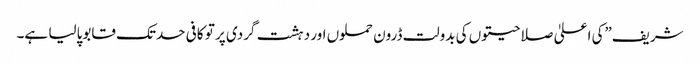
شریف”کی اعلیٰ صلاحیتوں کی بدولت ڈرون حملوں اور دہشت گردی پر تو کافی حدتک قابوپالیا ہے۔